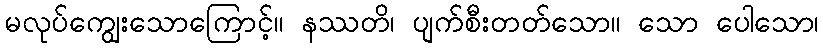
မလုပ်ကျွေးသောကြောင့်။ နဿတိ၊ ပျက်စီးတတ်သော။ သော ပေါသော၊